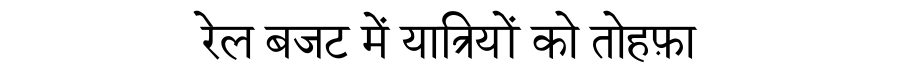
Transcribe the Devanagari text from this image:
रेल बजट में यात्रियों को तोहफ़ा